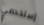
إستخدمي